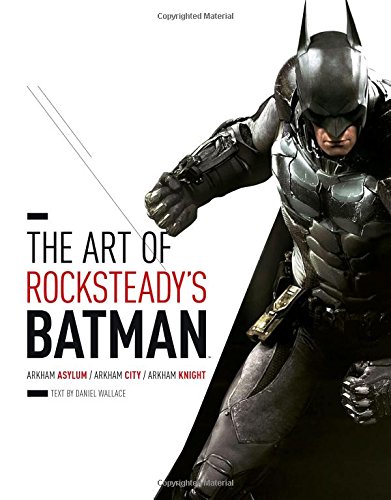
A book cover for The Art of RocksteadyEEs Batman: Arkham Asylum, Arkham City & Arkham Knight; Daniel Wallace; Humor & Entertainment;